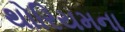
થોરિયમના